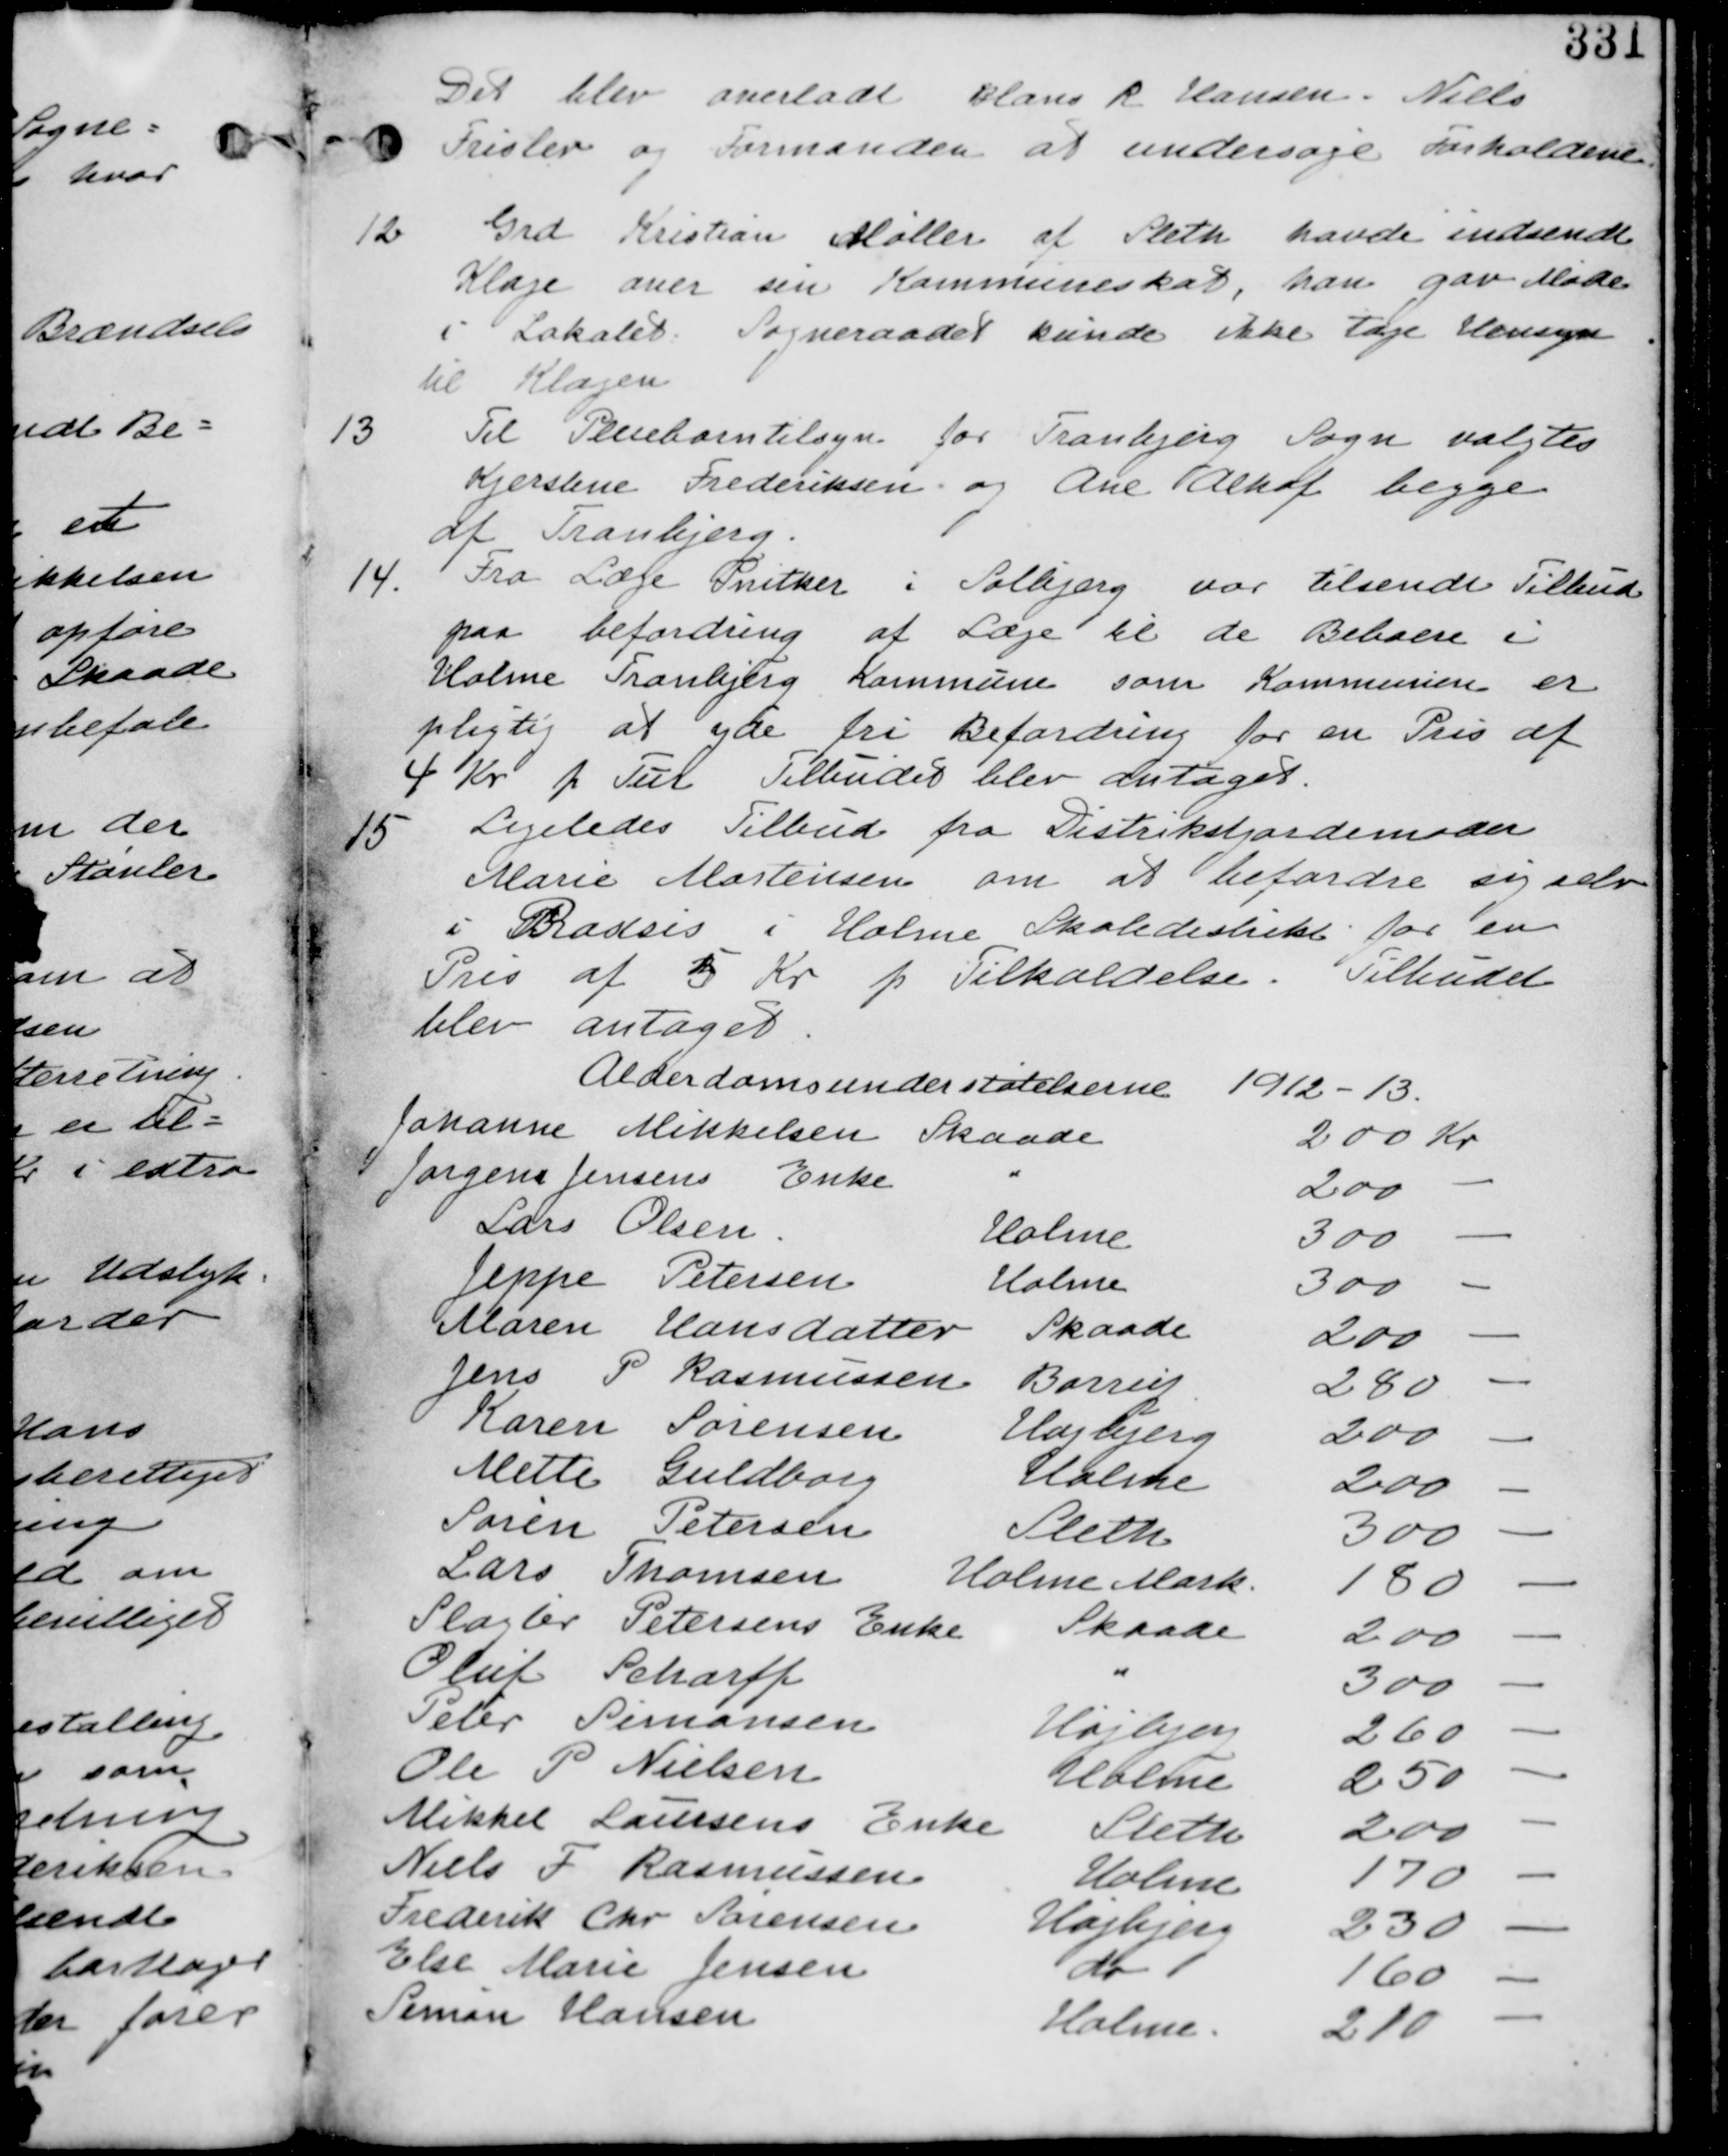
Transskription:
Det blev overladt Claus R. Hansen, Niels
Frislev og Formanden at undersøge Forholdene.

12.
Grd Kristian Møller af Sleth havde indsendt
Klage over Kommuneskat, han gav Møde
i Lokalet. Sogneraadet kunne ikke tage Hensyn
til Klagen.

13.
Til Pleibarntilsyn for Tranbjerg Sogn valgtes
Kjerstine Frederiksen og Ane Alhof begge
af Tranbjerg.

14.
Fra Læge Snitker i Solbjerg var tilsendt Tilbud
paa Befordring af Læge til de Beboere i
Holme Tranbjerg Kommune som Kommunen er
pligtig at yde fri Befordring for en pris af
4 Kr pr Tur. Tilbudet blev antaget.

15.
Ligeledes Tilbud fra Distriktjordemoder
Marie Mortensen om at befordre sig selv
i Praksis i Holme Skoledistrikt for en
Pris af 5 Kr p Tilkaldelse. Tilbudet
blev antaget.

Alderdomsunderstøttelserne 1912-13
Johanne Mikkelsen Skaade 200Kr
Jorgena Jensen Enke " 200 -
Lars Olsen Holme 300 -
Jeppe Petersen Holme 300 -
Maren Hansdatter Skaade 200 -
Jens P Rasmussen Barrit 280 -
Karen Sørensen Højbjerg 200 -
Mette Guldborg Holme 200 -
Søren Petersen Sleth 300 -
Lars Thomsen Holme Mark 180 -
Slagter Petersens Enke Skaade 200 -
Oluf Scharff " 300 -
Peter Simonsen Højbjerg 260 -
Ole P Nielsen Holme 250 -
Mikkel Laursens Enke Sleth 200 -
Niels F Rasmussen Holme 170 -
Frederik Chr Sørensen Højbjerg 230 -
Else Marie Jensen do 160 -
Simon Hansen Holme 210 -